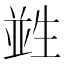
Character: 𤯭